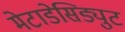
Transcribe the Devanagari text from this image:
मेटाडेसिड्युट